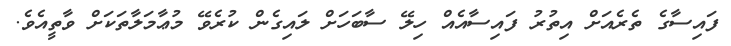
ފައިސާގެ ތެރެއަށް އިތުރު ފައިސާއެއް ހިލޭ ސާބަހަށް ލައިގެން ކުރެވޭ މުޢާމަލާތަކަށް ވާތީއެވެ.